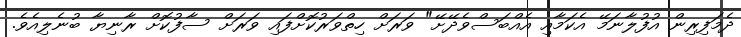
ދެމަފިރިން އުފުލާނަމޭ އެކަމާއި އެއްބަސްވެދޭށޭ" ވަރަށް ހިތްވަރުކޮށްފައި ވަރަށް ސާފުކޮށް ރާނިޔާ ބުނެލިއެވެ.